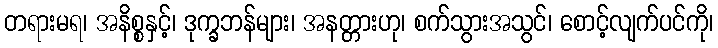
တရားမရ၊ အနိစ္စနှင့်၊ ဒုက္ခဘန်များ၊ အနတ္တားဟု၊ စက်သွားအသွင်၊ စောင့်လျက်ပင်ကို၊